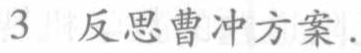
3 反思曹冲方案.